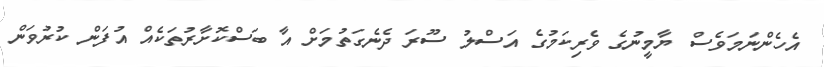
އެހެންނަމަވެސް ޔާމީނުގެ ވެރިކަމުގެ އަސްލު ސޫރަ ދެނެގަތުމަށް އާ ބަސްކޮށާރުތަކެއް އުފަން ކުރުވަން